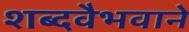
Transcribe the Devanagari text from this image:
शब्दवैभवाने